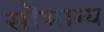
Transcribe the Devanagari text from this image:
सॊभाग्य